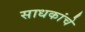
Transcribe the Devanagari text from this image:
साधकांचे